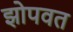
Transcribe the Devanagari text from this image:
झोपवत